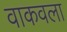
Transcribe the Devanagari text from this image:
वाकवला